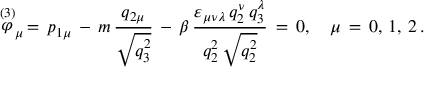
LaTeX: \stackrel { ( 3 ) } { \varphi } _ { \mu } \, = \, p _ { 1 \mu } \, - \, m \, \frac { q _ { 2 \mu } } { \sqrt { q _ { 3 } ^ { 2 } } } \, - \, \beta \, \frac { \varepsilon _ { \mu \nu \lambda } \, q _ { 2 } ^ { \nu } \, q _ { 3 } ^ { \lambda } } { q _ { 2 } ^ { 2 } \, \sqrt { q _ { 2 } ^ { 2 } } } \, = \, 0 , \quad \mu \, = \, 0 , \, 1 , \, 2 \, { . }